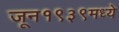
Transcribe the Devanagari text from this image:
जून१९३९मध्ये